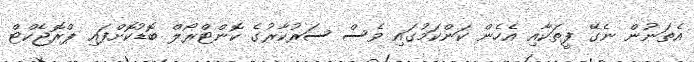
އެތަނުން ނެގޭ ފީތަކާއި އެހެން ކަންކަމުގައި ވެސް ސަރުކާރުގެ ކޮންޓްރޯލް ބޮޑުކޮށްފައި ޕްރޮޖެކްޓް